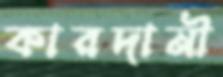
কারদানী